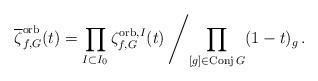
LaTeX: \begin{align*} \overline{\zeta}^{{\rm orb}}_{f,G}(t)=\prod\limits_{I\subset I_0} \zeta^{{\rm orb}, I}_{f,G}(t) \left/\prod\limits_{[g]\in {\rm Conj\,}G}(1-t)_g\,. \right.\end{align*}